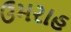
ઉમરાહ